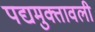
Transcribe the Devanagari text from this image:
पद्यमुक्तावली